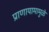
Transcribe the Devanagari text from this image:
प्राणायामामुळे